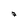
Character: 7